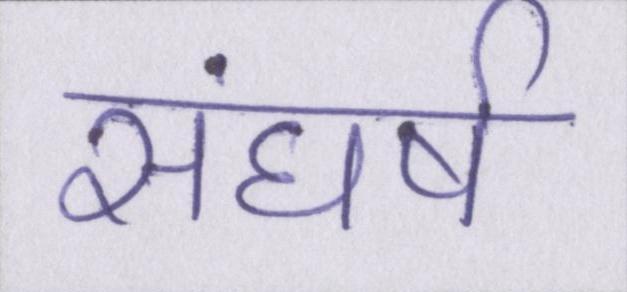
संघर्ष